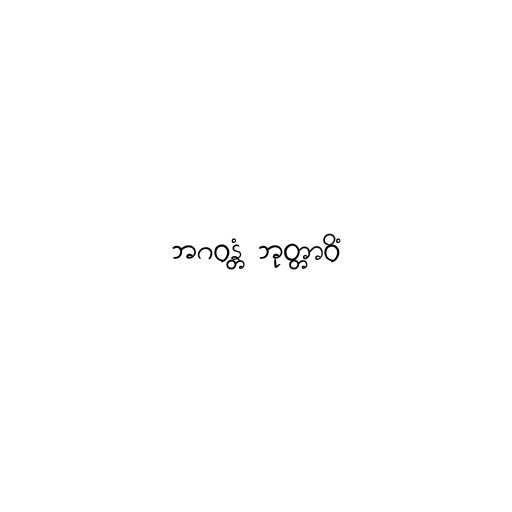
ဘဂဝန္တံ ဘုတ္တာဝိံ